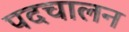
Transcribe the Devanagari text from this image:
पदचालन